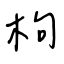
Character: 枸